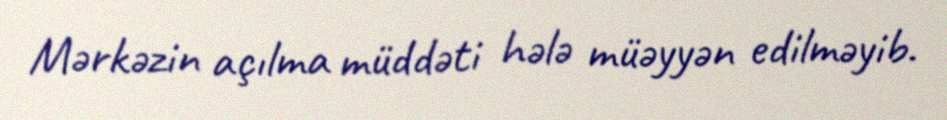
Mərkəzin açılma müddəti hələ müəyyən edilməyib.